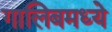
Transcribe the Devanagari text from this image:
गालिबमध्ये